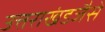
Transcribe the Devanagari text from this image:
उत्तराखंडजैसे